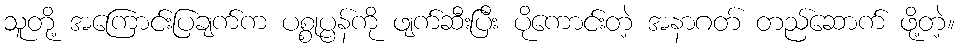
သူတို့ အကြောင်းပြချက်က ပစ္စုပ္ပန်ကို ဖျက်ဆီးပြီး ပိုကောင်းတဲ့ အနာဂတ် တည်ဆောက် ဖို့တဲ့။